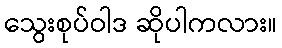
သွေးစုပ်ဝါဒ ဆိုပါကလား။